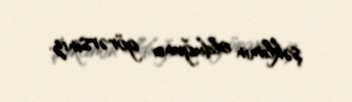
şəklimin olduğunu görərsiniz.